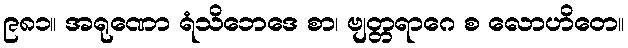
၉၈၁။ အရုဏော ရံသိဘေဒေ စာ၊ ဗျတ္တရာဂေ စ လောဟိတေ။